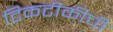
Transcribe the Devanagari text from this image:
टिकटीकीची